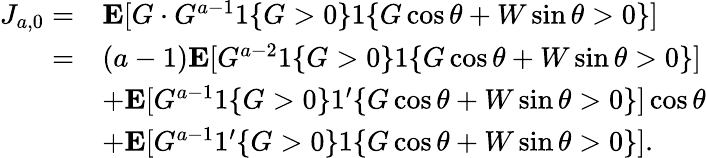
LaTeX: \begin{array}{rl}{J_{a,0}=}&{\mathbf{E}[G\cdot G^{a-1}1\{ G>0\} 1\{ G\cos\theta+W\sin\theta>0\} ]}\\ {=}&{(a-1)\mathbf{E}[G^{a-2}1\{ G>0\} 1\{ G\cos\theta+W\sin\theta>0\} ]}\\ &{+\mathbf{E}[G^{a-1}1\{ G>0\} 1^{\prime}\{ G\cos\theta+W\sin\theta>0\} ]\cos\theta}\\ &{+\mathbf{E}[G^{a-1}1^{\prime}\{ G>0\} 1\{ G\cos\theta+W\sin\theta>0\} ].}\end{array}